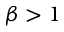
\beta > 1